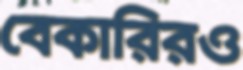
বেকারিরও